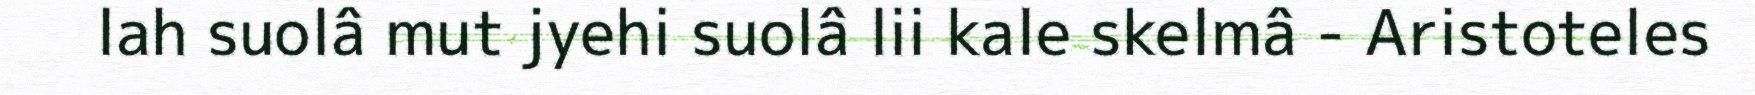
lah suolâ mut jyehi suolâ lii kale skelmâ - Aristoteles